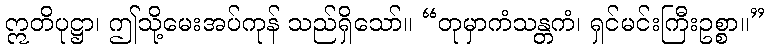
ဣတိပုဋ္ဌာ၊ ဤသို့မေးအပ်ကုန် သည်ရှိသော်။ “တုမှာကံသန္တကံ၊ ရှင်မင်းကြီးဥစ္စာ။”